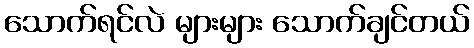
သောက်ရင်လဲ များများ သောက်ချင်တယ်